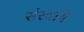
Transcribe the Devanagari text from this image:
संखायें